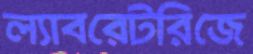
ল্যাবরেটরিজে